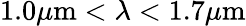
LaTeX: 1.0\mu\textrm{m}<\lambda<1.7\mu\textrm{m}